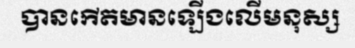
បានកើតមានឡើងលើមនុស្ស